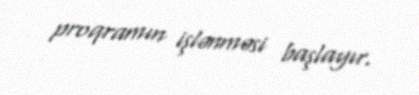
proqramın işlənməsi başlayır.